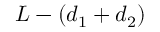
L - \left( d _ { \mathrm { 1 } } + d _ { \mathrm { 2 } } \right)